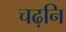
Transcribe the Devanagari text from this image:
चढ़नि